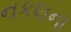
નકલના